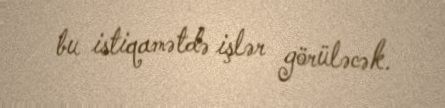
bu istiqamətdə işlər görüləcək.